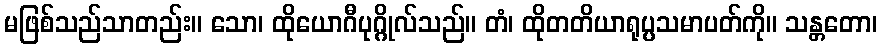
မဖြစ်သည်သာတည်း။ သော၊ ထိုယောဂီပုဂ္ဂိုလ်သည်။ တံ၊ ထိုတတိယာရုပ္ပသမာပတ်ကို။ သန္တတော၊